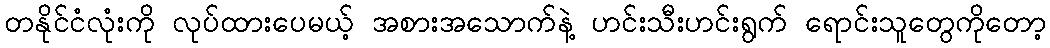
တနိုင်ငံလုံးကို လုပ်ထားပေမယ့် အစားအသောက်နဲ့ ဟင်းသီးဟင်းရွက် ရောင်းသူတွေကိုတော့